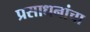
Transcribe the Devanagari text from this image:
प्रसाधनांचा